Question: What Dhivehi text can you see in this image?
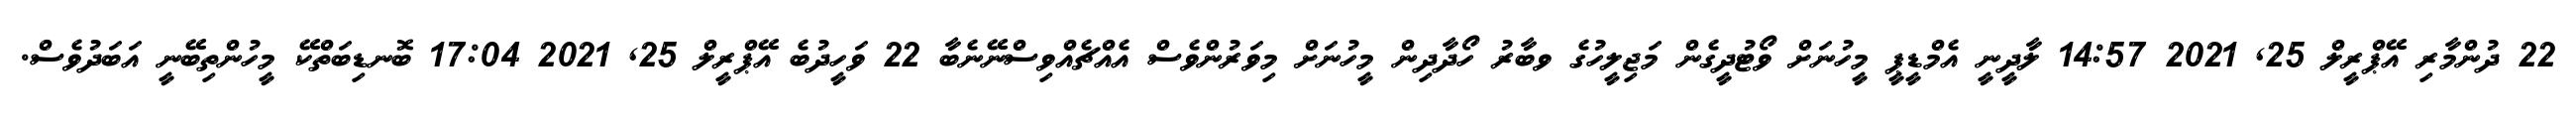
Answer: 22 ދުންމާރި އޭޕްރީލް 25, 2021 14:57 ލާދީނީ އެމްޑީޕީ މީހުނަށް ވޯޓުދީގެން މަޖިލީހުގެ ވބާރު ހޯދާދިން މީހުނަށް މިވަރުންވެސް އެއްޗެއްވިސްނޭނެބާ 22 ވަހީދުބެ އޭޕްރީލް 25, 2021 17:04 ބޮނޑިބަތްކޭ މީހުންތިބޭނީ އަބަދުވެސް.